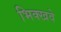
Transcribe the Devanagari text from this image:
भिक्खवे